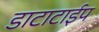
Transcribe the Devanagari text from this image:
डाटाटाईप